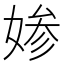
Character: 𡞋